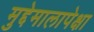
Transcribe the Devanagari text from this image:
मुद्देमालापेक्षा